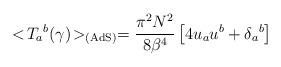
LaTeX: \begin{align*}<\!{{ T}_{a}}^b(\gamma)\!>_{\rm (AdS)}={\pi^2 N^2 \over 8 {\beta}^4}\left[ 4u_au^b +{{\delta}_a}^b\right]\end{align*}